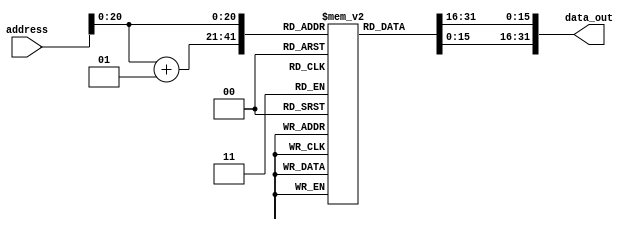
// +FHDR------------------------------------------------------------------------
// DEPARTMENT : Computer engineering, Cairo university
// -----------------------------------------------------------------------------
// RELEASE HISTORY
// VERSION DATE AUTHOR DESCRIPTION
// 1.0 22-12-2021 ziad initial version
// -----------------------------------------------------------------------------
// PURPOSE : stores program instructions to be used
// -----------------------------------------------------------------------------
// PARAMETERS
// PARAM NAME RANGE : DESCRIPTION : DEFAULT : UNITS
// N/A
// -----------------------------------------------------------------------------
// REUSE ISSUES () this is just illustration and will be modified
// Reset Strategy : Asynchronous, active low system level reset
// Clock Domains : core_32m_clk, system_clk
// Critical Timing : N/A
// Test Features : Prescaler is bypassed when scan_mode is asserted
// Asynchronous I/F : reset_b
// Scan Methodology : Mux-D
// Instantiations : N/A
// Synthesizable : Y
// Other : uses synthesis directive to infer a mux to
// avoid glitching clock_out and clock_out_b
// -FHDR------------------------------------------------------------------------
module INST_MEM(
    address,
    data_out
 );
    input [31:0] address;
    output reg [31:0] data_out;

    reg [15:0] RAM [0:2**20];
    integer adrs;
   always @(address) begin
      adrs = address;
      data_out = {RAM[adrs],RAM[adrs+1]};
   end
endmodule // INST_MEM